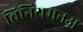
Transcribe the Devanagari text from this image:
विनियमनअ